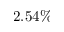
2 . 5 4 \%